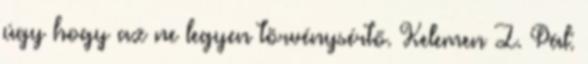
úgy hogy az ne legyen törvénysértő. Kelemen Z. Pál: